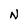
Character: N